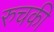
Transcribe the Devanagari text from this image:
रुचकी